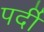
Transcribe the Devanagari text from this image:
पर्दी